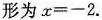
形为$$x = - 2$$.